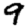
Digit: 9